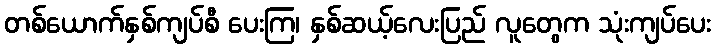
တစ်ယောက်နှစ်ကျပ်စီ ပေးကြ၊ နှစ်ဆယ့်လေးပြည် လူတွေက သုံးကျပ်ပေး